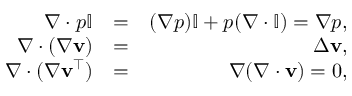
\begin{array} { r l r } { \nabla \cdot p \mathbb { I } } & { = } & { ( \nabla p ) \mathbb { I } + p ( \nabla \cdot \mathbb { I } ) = \nabla p , } \\ { \nabla \cdot ( \nabla \mathbf { v } ) } & { = } & { \Delta \mathbf { v } , } \\ { \nabla \cdot ( \nabla \mathbf { v } ^ { \top } ) } & { = } & { \nabla ( \nabla \cdot \mathbf { v } ) = 0 , } \end{array}